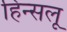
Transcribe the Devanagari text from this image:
हिन्सलू